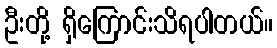
ဦးတို့ ရှိကြောင်းသိရပါတယ်။